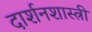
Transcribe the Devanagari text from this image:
दार्शनशास्त्री